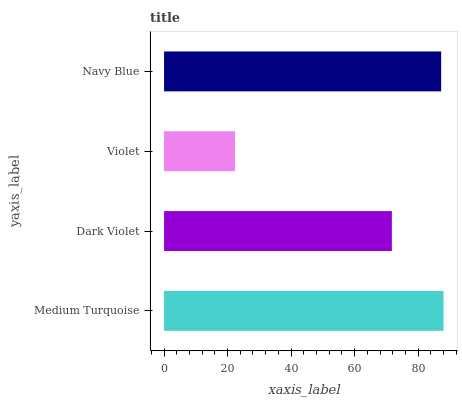
| yaxis_label | bars |
 | --- | --- |
 | Medium Turquoise | 88 |
 | Dark Violet | 71.7 |
 | Violet | 22.3 |
 | Navy Blue | 87.2 |